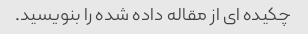
چکیده ای از مقاله داده شده را بنویسید.